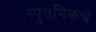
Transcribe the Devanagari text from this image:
स्पुतनिकचे